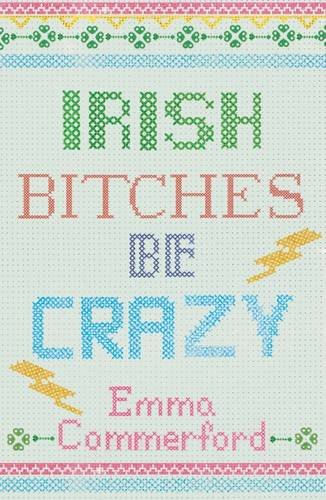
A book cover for Irish Bitches be Crazy; Emma Comerford; Biographies & Memoirs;